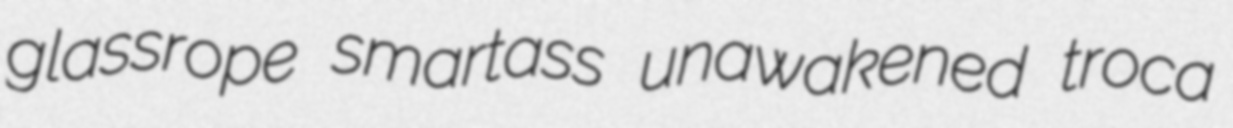
glassrope smartass unawakened troca